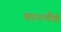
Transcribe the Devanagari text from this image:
लाभार्थीशी